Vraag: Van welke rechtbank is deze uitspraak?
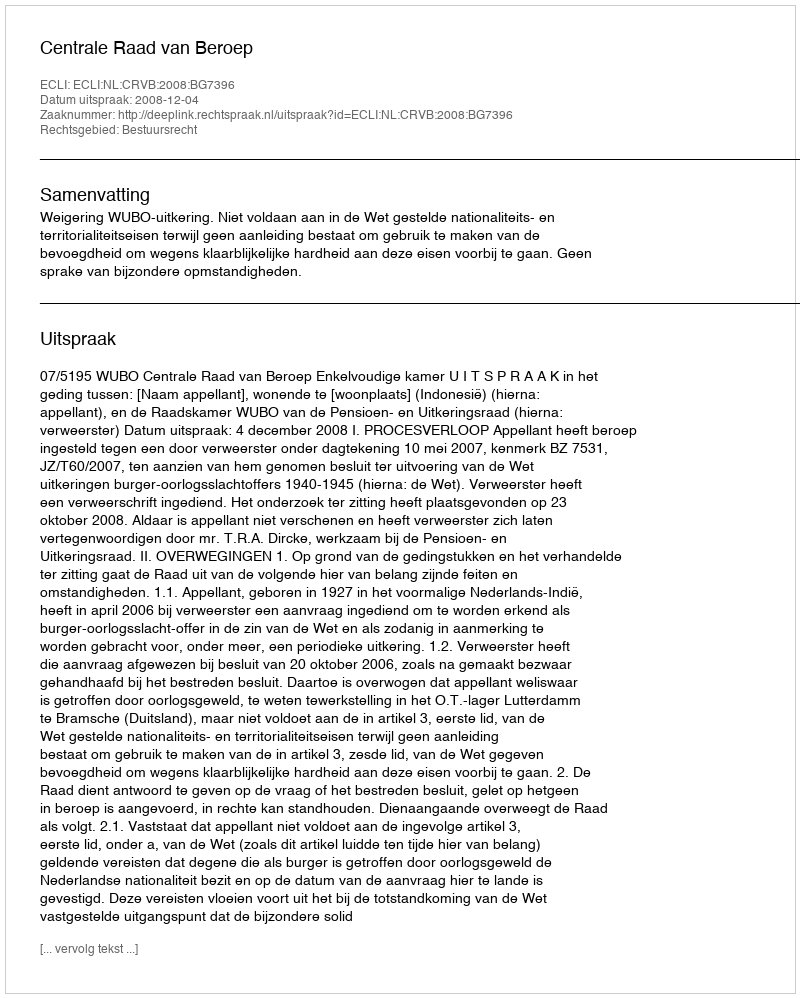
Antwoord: Centrale Raad van Beroep